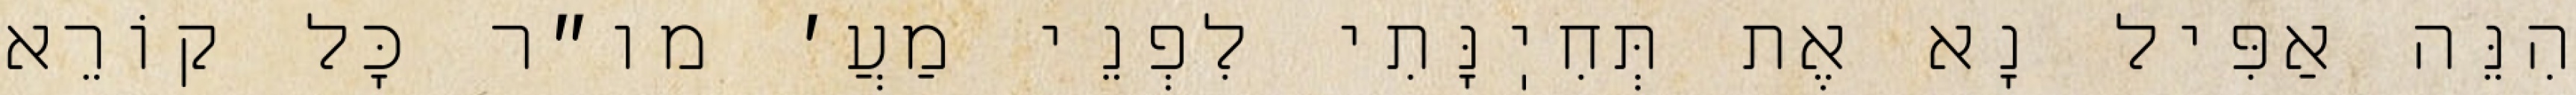
הִנֵּה אַפִּיל נָא אֶת תְּחִיֽנָּתִי לִפְנֵי מַעֲ׳ מו״ר כׇּל קוֹרֵא